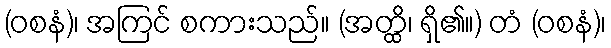
(ဝစနံ)၊ အကြင် စကားသည်။ (အတ္ထိ၊ ရှိ၏။) တံ (ဝစနံ)၊